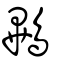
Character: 鷝